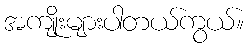
အကျိုးများပါတယ်ကွယ်။